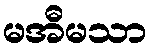
မအီမသာ